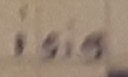
Text: isig